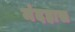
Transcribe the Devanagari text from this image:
मंदहास